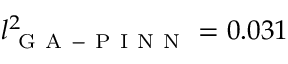
l _ { \mathrm { ~ G ~ A ~ - ~ P ~ I ~ N ~ N ~ } } ^ { 2 } = 0 . 0 3 1